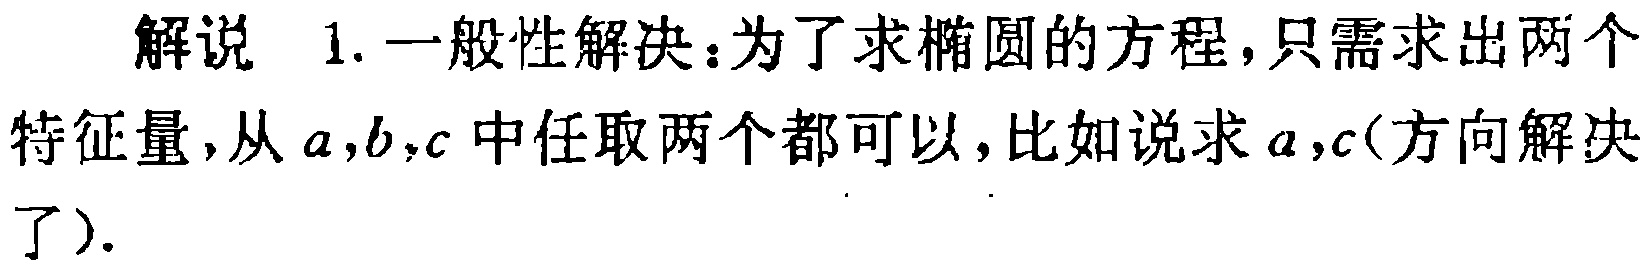
解说 1.一般性解决：为了求椭圆的方程，只需求出两个特征量，从\(a,b,c\)中任取两个都可以，比如说求\(a,c\)(方向解决了).